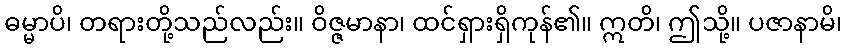
ဓမ္မာပိ၊ တရားတို့သည်လည်း။ ဝိဇ္ဇမာနာ၊ ထင်ရှားရှိကုန်၏။ ဣတိ၊ ဤသို့။ ပဇာနာမိ၊